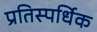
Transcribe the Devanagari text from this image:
प्रतिस्पर्धिक